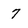
Character: 7